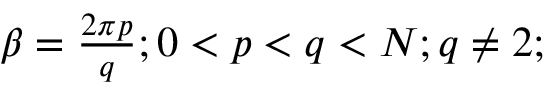
\begin{array} { r } { \beta = \frac { 2 \pi p } { q } ; 0 < p < q < N ; q \neq 2 ; } \end{array}